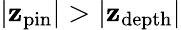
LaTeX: \vert\mathbf{z}_{\mathrm{{pin}}}\vert>\vert\mathbf{z}_{\mathrm{{depth}}}\vert